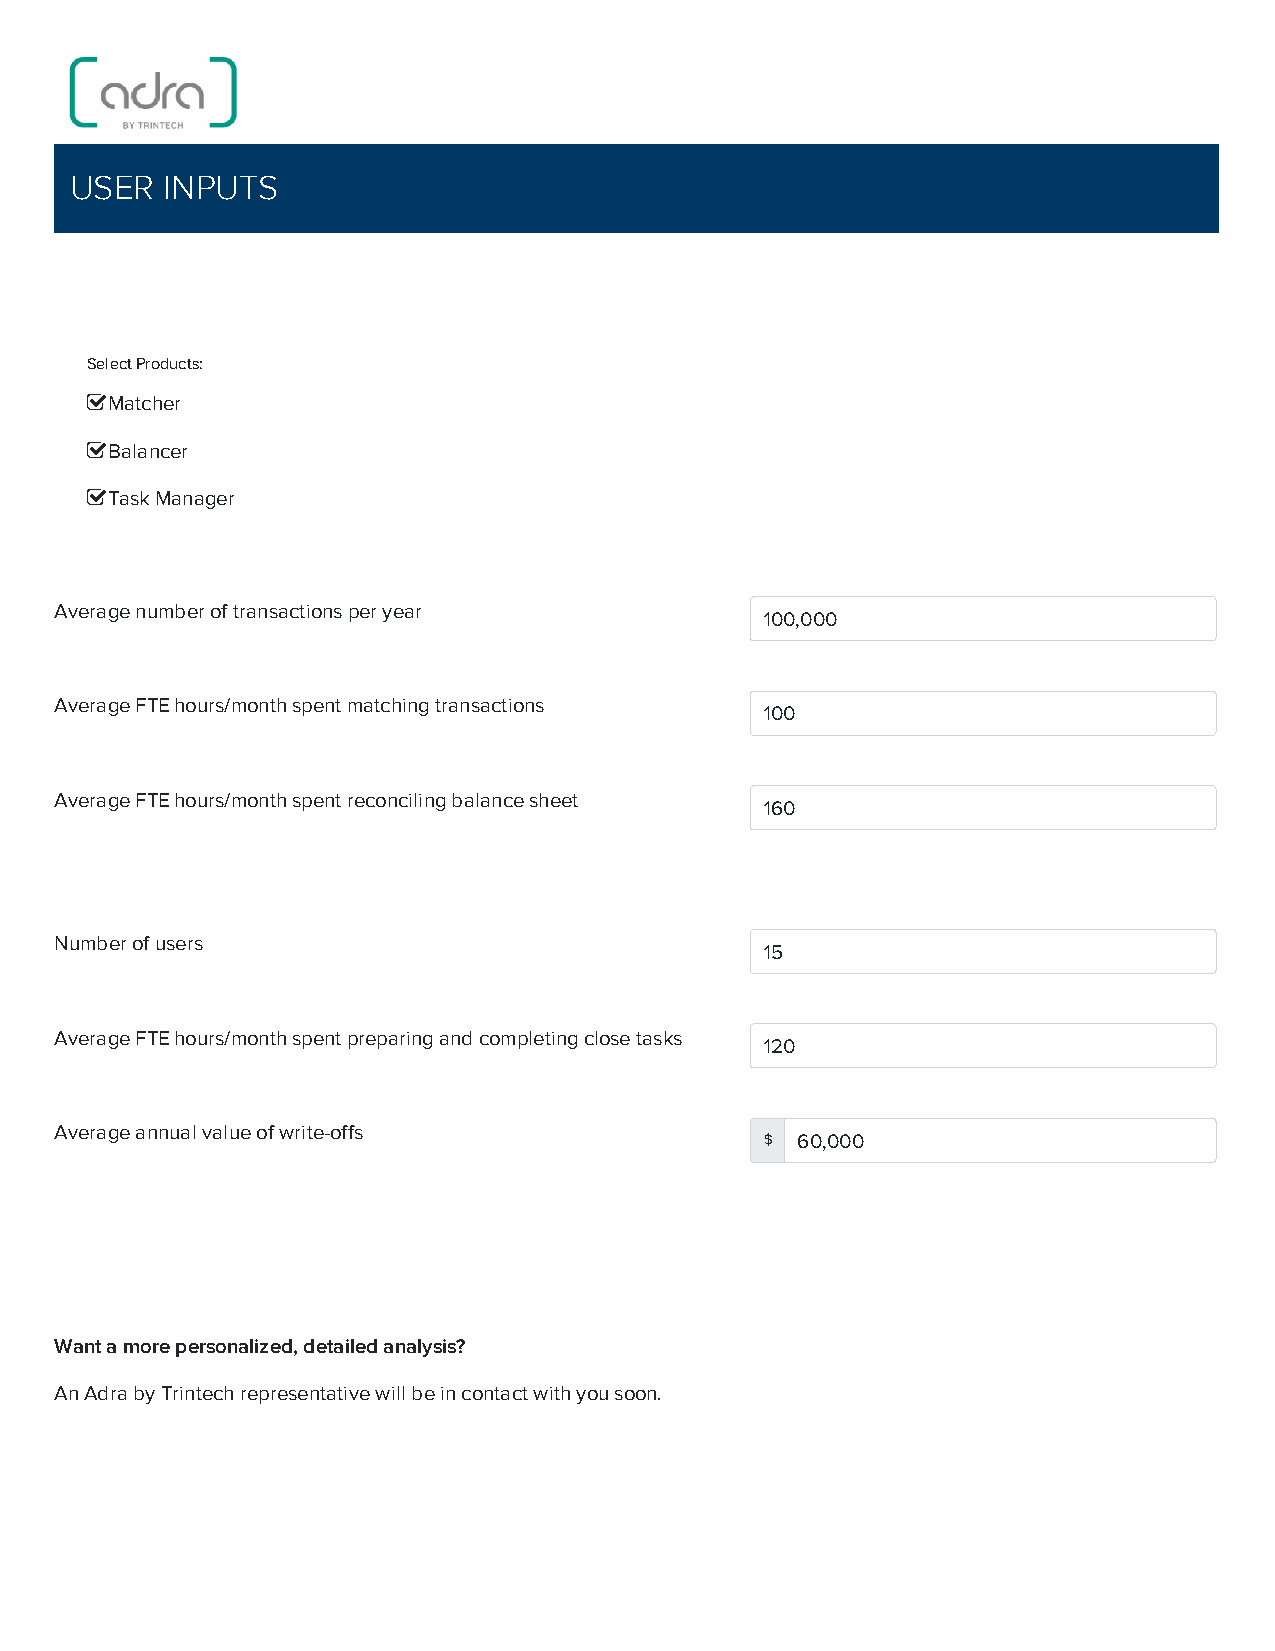
USER  INPUTS
 Select Products:
 Matcher
 Balancer
 Task Manager
 Average number of transactions per year
 100,000
 Average FTE hours/month spent matching transactions
 100
 Average FTE hours/month spent reconciling balance sheet
 160
 Number of users
 15
 Average FTE hours/month spent preparing and completing close tasks
 120
 Average annual value of write-offs
 $ 60,000
 Want a more personalized, detailed analysis?
 An Adra by Trintech representative will be in contact with you soon.